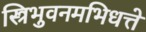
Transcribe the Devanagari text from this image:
स्त्रिभुवनमभिधत्ते